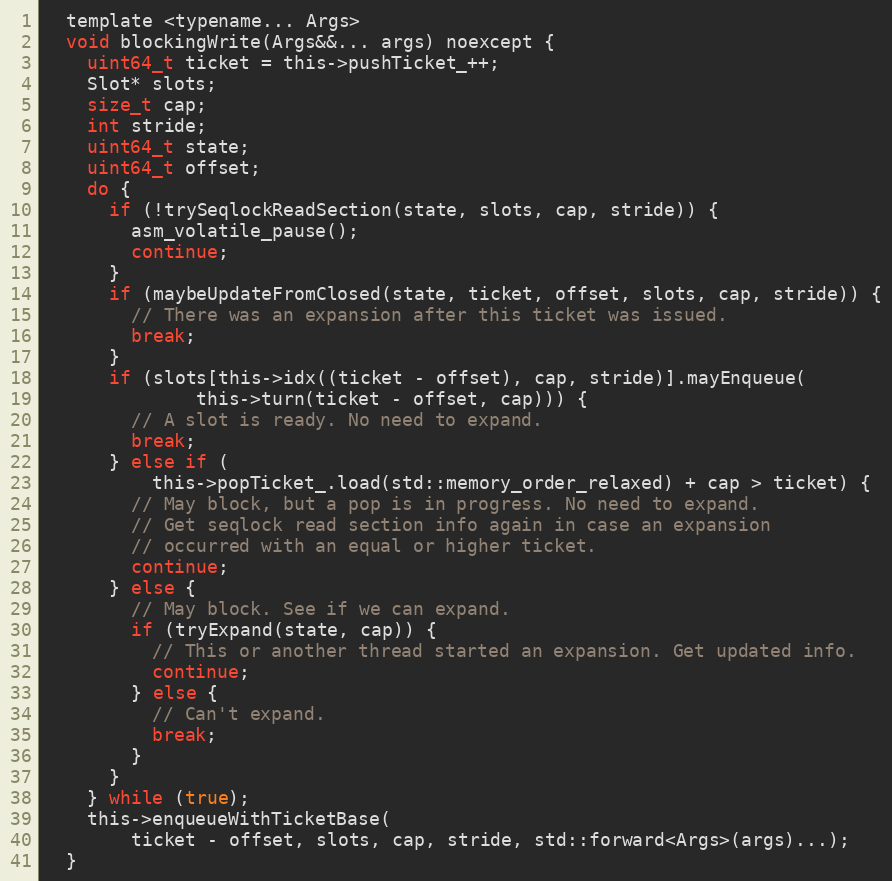
Language: C
  template <typename... Args>
  void blockingWrite(Args&&... args) noexcept {
    uint64_t ticket = this->pushTicket_++;
    Slot* slots;
    size_t cap;
    int stride;
    uint64_t state;
    uint64_t offset;
    do {
      if (!trySeqlockReadSection(state, slots, cap, stride)) {
        asm_volatile_pause();
        continue;
      }
      if (maybeUpdateFromClosed(state, ticket, offset, slots, cap, stride)) {
        // There was an expansion after this ticket was issued.
        break;
      }
      if (slots[this->idx((ticket - offset), cap, stride)].mayEnqueue(
              this->turn(ticket - offset, cap))) {
        // A slot is ready. No need to expand.
        break;
      } else if (
          this->popTicket_.load(std::memory_order_relaxed) + cap > ticket) {
        // May block, but a pop is in progress. No need to expand.
        // Get seqlock read section info again in case an expansion
        // occurred with an equal or higher ticket.
        continue;
      } else {
        // May block. See if we can expand.
        if (tryExpand(state, cap)) {
          // This or another thread started an expansion. Get updated info.
          continue;
        } else {
          // Can't expand.
          break;
        }
      }
    } while (true);
    this->enqueueWithTicketBase(
        ticket - offset, slots, cap, stride, std::forward<Args>(args)...);
  }